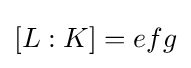
[L:K]=efg